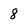
Character: 8